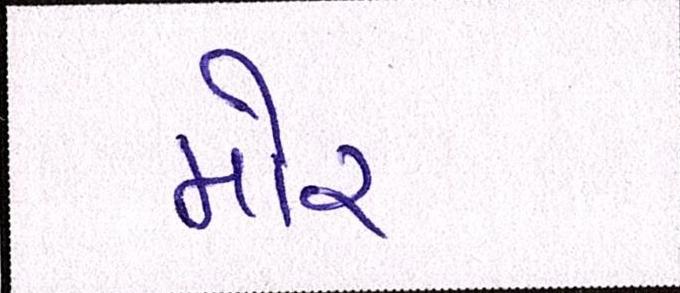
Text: મોર